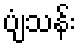
ပျံသန်း